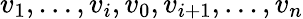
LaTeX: v_{1},\ldots,v_{i},v_{0},v_{i+1},\ldots,v_{n}